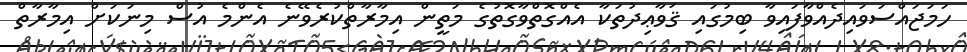
ހަމަޖައްސަވައިދެއްވާފައިވާ ބިމުގައި ޤަވާޢިދުތަކާ އެއްގޮތްވާގޮތުގެ މަތީން އިމާރާތްކުރެވޭނެ އެންމެ އުސް މިނަކަށް އިމާރާތް